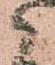
御